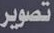
تصوير